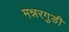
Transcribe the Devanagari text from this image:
मन्नरगुडी